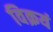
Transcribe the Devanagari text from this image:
विक्रयं